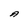
Character: A